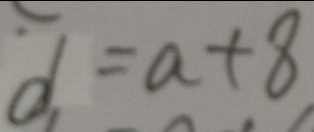
d = a + 8